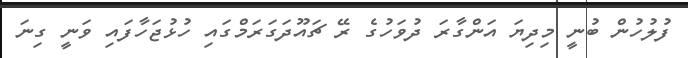
ފުލުހުން ބުނީ މިދިޔަ އަންގާރަ ދުވަހުގެ ރޭ ޗައޫދަގަރަމްގައި ހުޅުޖަހާފައި ވަނީ ގިނަ